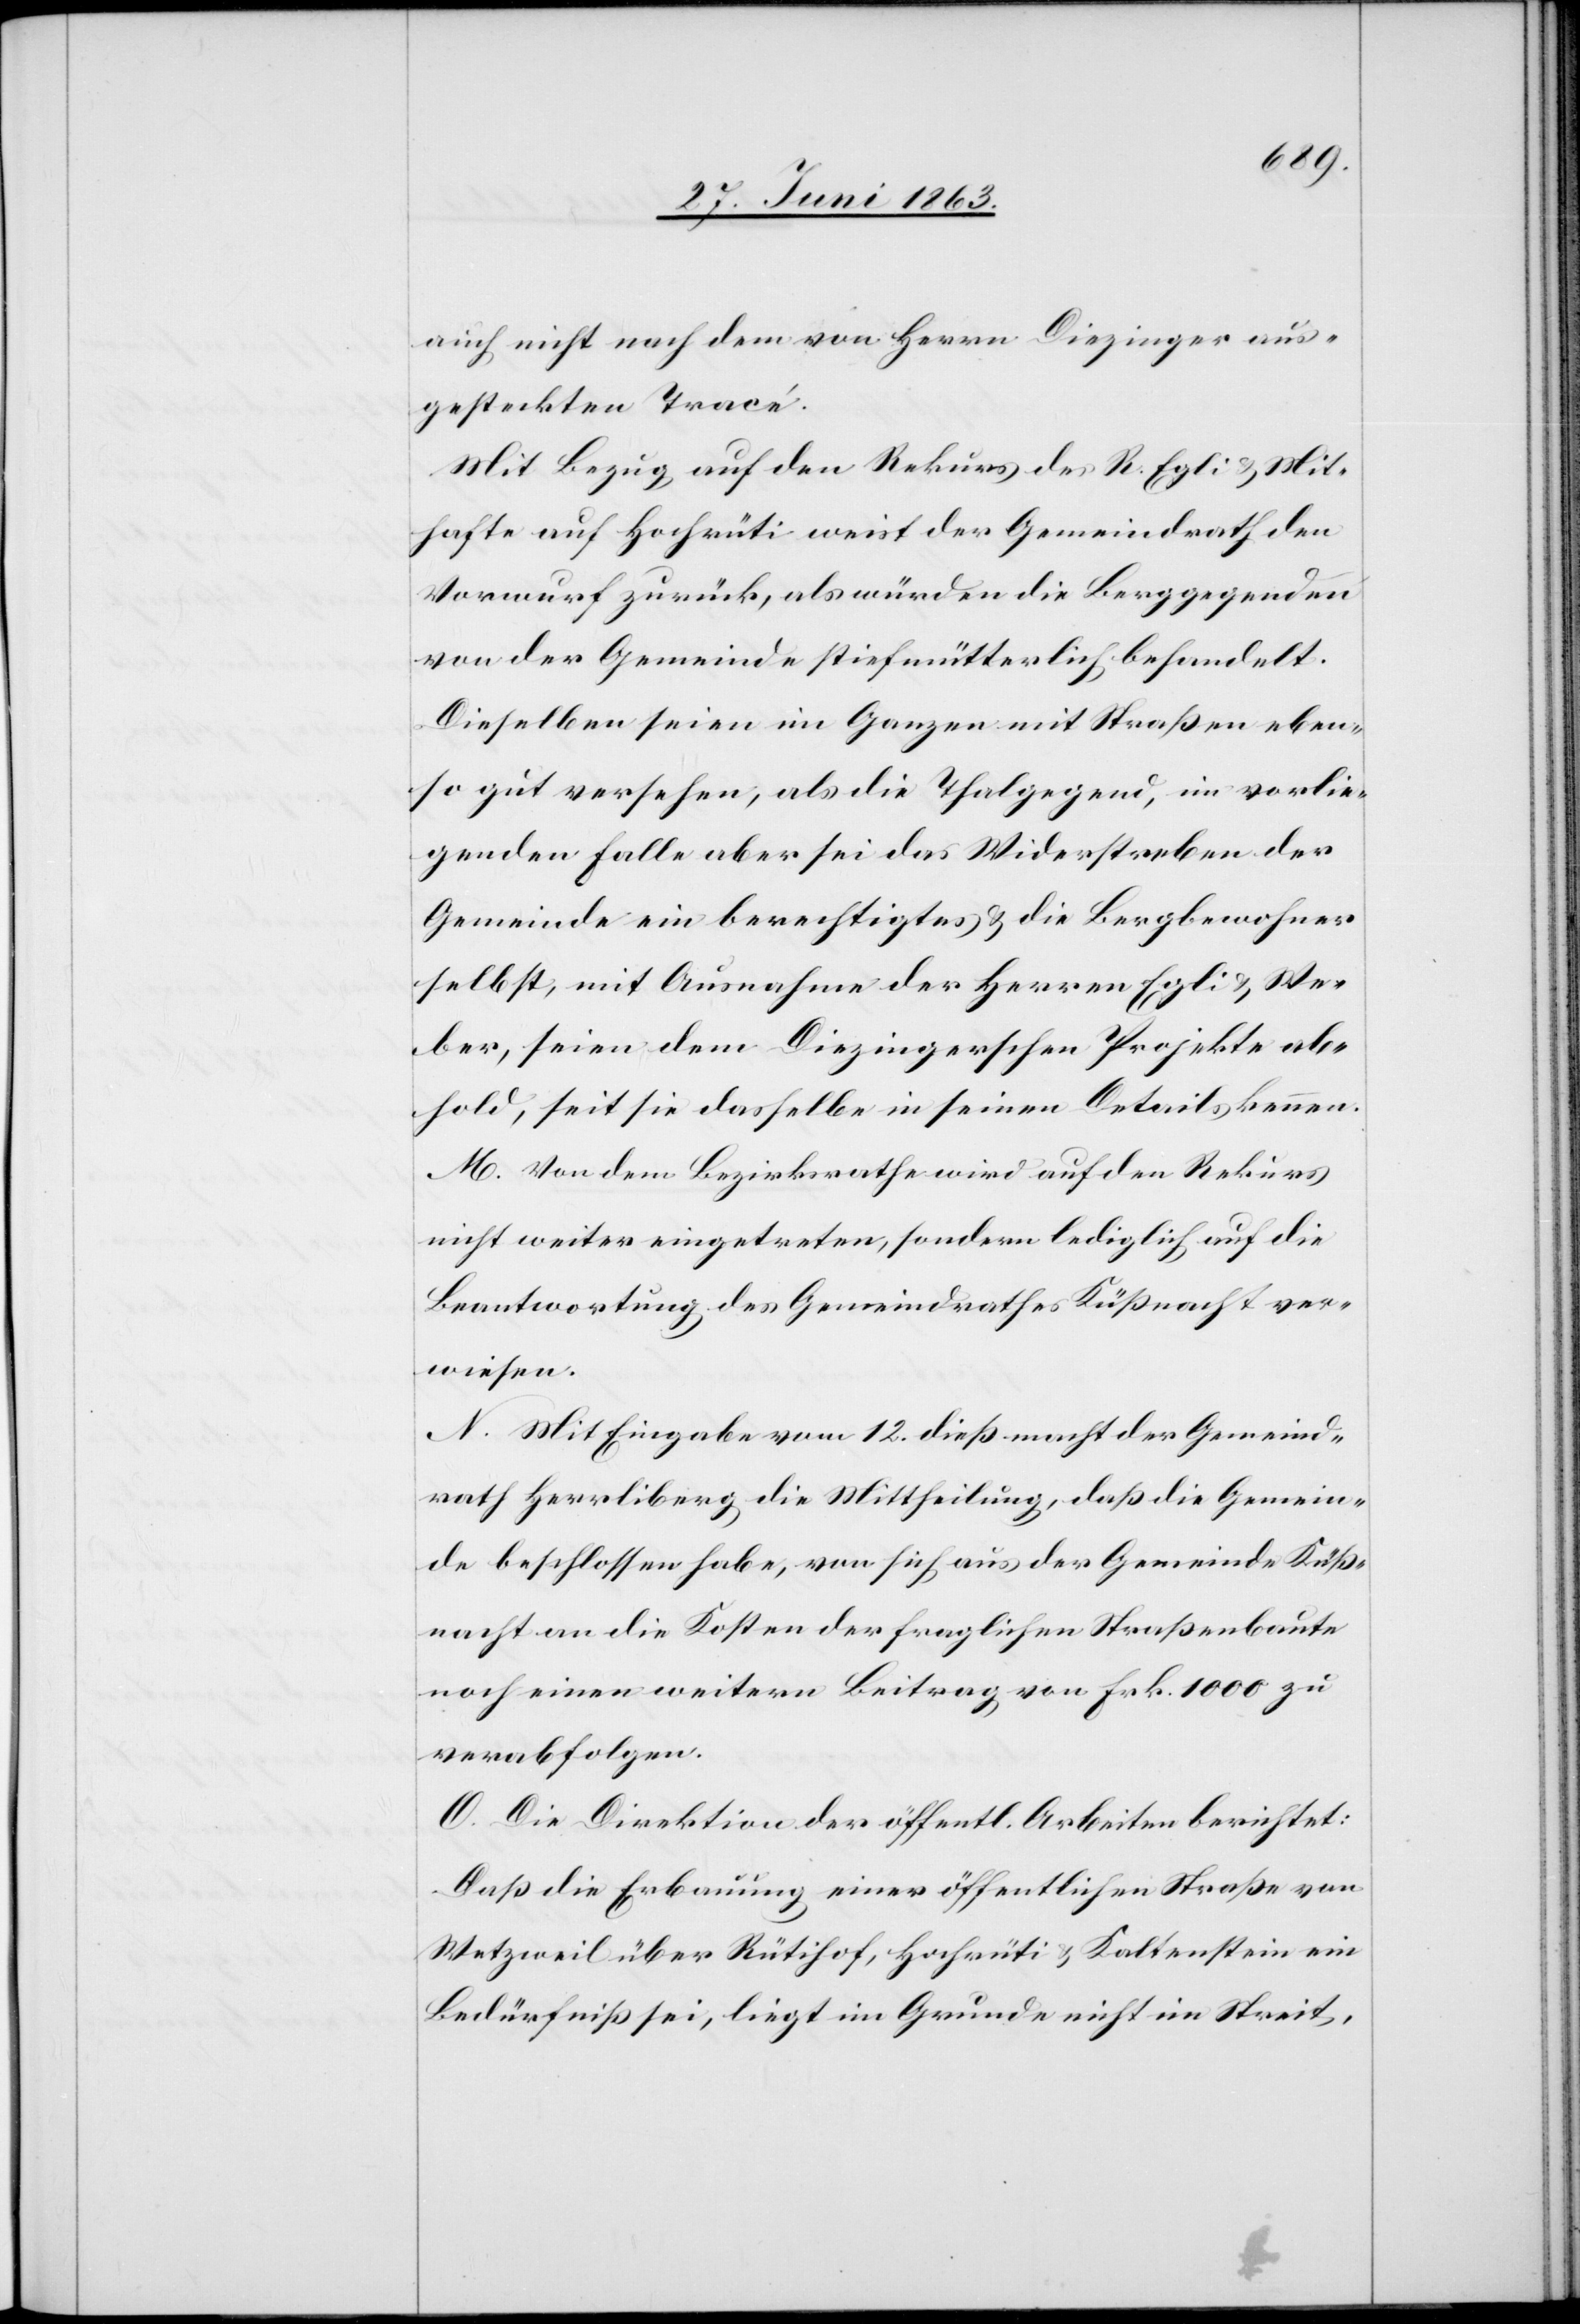
auch nicht nach dem von Herrn Diezinger aus¬
gesteckten Tracé.
Mit Bezug auf den Rekurs des R. Egli & Mit¬
hafte auf Hochrüti weist der Gemeindrath den
Vorwurf zurück, als würden die Berggegenden
von der Gemeinde stiefmütterlich behandelt.
Dieselben seien im Ganzen mit Straßen eben¬
so gut versehen, als die Thalgegend, im vorlie¬
genden Falle aber sei das Widerstreben der
Gemeinde ein berechtigtes & die Bergbewohner
selbst, mit Ausnahme der Herren Egli & We¬
ber, seien dem Diezingerschen Projekte ab¬
hold, seit sie dasselbe in seinen Details kennen.
M. Von dem Bezirksrathe wird auf den Rekurs
nicht weiter eingetreten, sondern lediglich auf die
Beantwortung des Gemeindrathes Küßnacht ver¬
wiesen.
N. Mit Eingabe vom 12. dieß macht der Gemeind¬
rath Herrliberg die Mittheilung, daß die Gemein¬
de beschlossen habe, von sich aus der Gemeinde Küß¬
nacht an die Kosten der fraglichen Straßenbaute
noch einen weitern Beitrag von Frk. 1000 zu
verabfolgen.
O. Die Direktion der öffentlichen Arbeiten berichtet:
Daß die Erbauung einer öffentlichen Straße von
Wetzweil über Rütihof, Hochrüti & Kaltenstein ein
Bedürfniß sei, liegt im Grunde nicht im Streit,